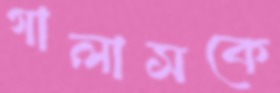
গালাসকে